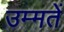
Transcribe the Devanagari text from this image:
उम्मतें